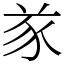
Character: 㒸